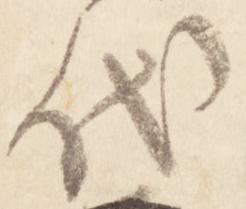
代